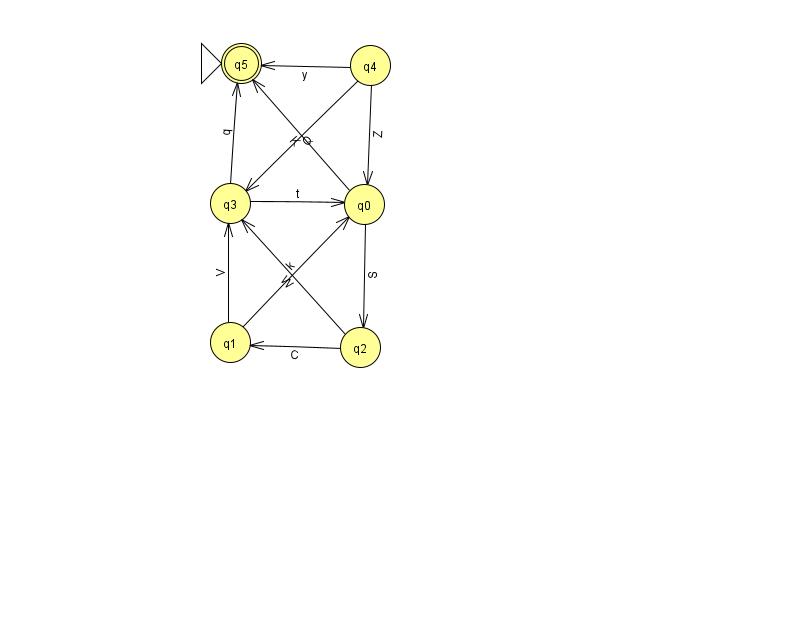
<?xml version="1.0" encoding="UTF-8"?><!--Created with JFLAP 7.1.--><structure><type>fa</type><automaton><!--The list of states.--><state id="0" name="q0"><x>364.0</x><y>191.0</y></state><state id="1" name="q1"><x>230.0</x><y>329.0</y></state><state id="2" name="q2"><x>360.0</x><y>334.0</y></state><state id="3" name="q3"><x>230.0</x><y>190.0</y></state><state id="4" name="q4"><x>370.0</x><y>52.0</y></state><state id="5" name="q5"><x>241.0</x><y>50.0</y><initial/><final/></state><!--The list of transitions.--><transition><from>0</from><to>2</to><read>S</read></transition><transition><from>2</from><to>1</to><read>C</read></transition><transition><from>0</from><to>5</to><read>K</read></transition><transition><from>4</from><to>5</to><read>y</read></transition><transition><from>3</from><to>5</to><read>q</read></transition><transition><from>4</from><to>3</to><read>Q</read></transition><transition><from>2</from><to>3</to><read>W</read></transition><transition><from>3</from><to>0</to><read>t</read></transition><transition><from>1</from><to>0</to><read>k</read></transition><transition><from>1</from><to>3</to><read>V</read></transition><transition><from>4</from><to>0</to><read>Z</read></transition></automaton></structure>